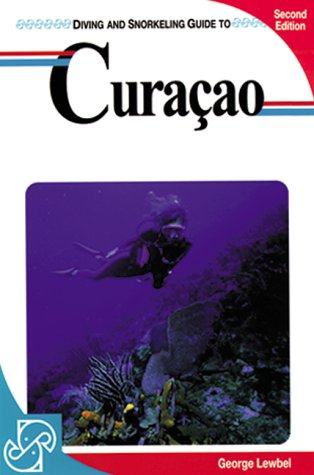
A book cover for Diving and Snorkeling Guide to Curacao (Lonely Planet Diving & Snorkeling Great Barrier Reef); George Lewbel Ph. D.; Travel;